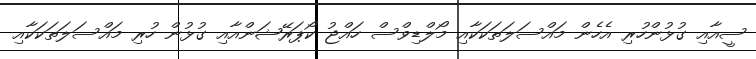
ސީއާއި ގުޅުންހުރި އެހެން މައްސަލަތަކަކާއި މޯލްޑިވްސް ހައްޖު ކޯޕަރޭޝަންއާއި ގުޅުން ހުރި މައްސަލަތަކަކާއި